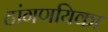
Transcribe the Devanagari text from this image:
टांगणयिका